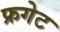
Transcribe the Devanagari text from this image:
फ्रगेट